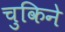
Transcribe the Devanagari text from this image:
चुकिने